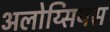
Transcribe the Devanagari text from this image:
अलोय्सियस